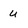
Character: u